Vaccination report Assam 1896-1927 - 1896-1927
Year: 1896
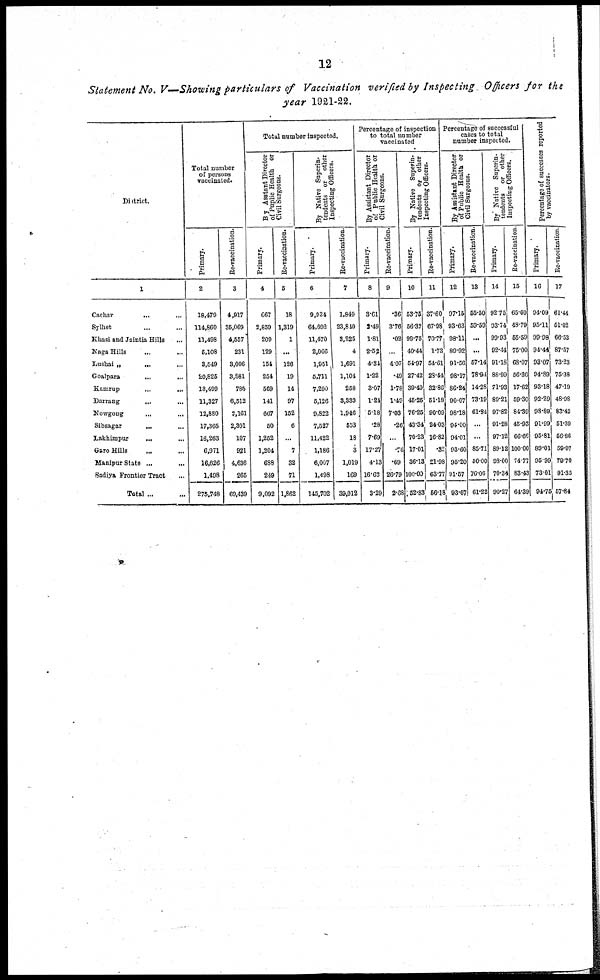
12
Statement No. V—Showing particulars of Vaccination verified by Inspecting Officers for the
year 1921-22.
District.
1
Cachar
...
...
Sylhet ... ...
Khasi and Jaintia Hills ...
Naga Hills ... ... ...
Lushai
„
...
...
...
Goalpara ... ... ...
Kamrup
...
...
...
Darrang ... ...
Nowgong
...
...
...
Sibsagar
...
...
Lakhimpur
...
...
Garo Hills ... ...
Manipur State ...
Sadiya Frontier Tract ...
Total ... ...
Total number
of persons
vaccinated.
Primary.
2
18,479
114,860
11,498
5,108
3,549
20,825
18,499
11,327
12,880
17,365
16,263
6,971
16,626
1,498
275,748
Re-vaccination.
3
4,917
35,069
4,557
231
3,096
3,881
785
6,512
2,161
2,301
107
921
4,636
265
69,439
Total number inspected.
By Asstant Director
of Puplic Health or
Civil Surgeons.
Primary.
4
667
2,859
209
129
154
254
569
141
667
50
1,252
1,204
688
249
9,092
Re-vaccination.
5
18
1,319
1
...
126
19
14
97
152
6
...
7
32
71
1,862
By Native Superin-
tendents or other
Inspecting Officers.
Primary.
6
9,934
64,692
11,470
2,066
1,951
5,711
7,290
5,126
9,822
7,527
11,422
1,186
6,007
1,498
145,702
Re-vaccination
7
1,849
23,840
3,225
4
1,691
1,104
258
3,333
1,946
553
18
3
1,019
169
39,012
Percentage of inspection
to total number
vaccinated
By Assistant Director
of Public Health or
Civil Surgeons.
Primary.
8
3.61
2.49
1.81
2.52
4.84
1.22
3.07
1.24
5.18
.28
7.69
17.27
4.13
16.62
3.29
Re-vaccination.
9
.36
3.76
.02
...
4.07
.49
1.78
1.49
7.03
.26
...
. 76
.69
26.79
2.68
By Native Superin-
tendents or other
Inspecting Officers.
Primary.
10
53.75
58.32
99.75
40.44
54.97
27.42
39.40
45.25
76.25
43.34
70.23
17.01
36.13
100.00
52.83
Re-vaccination.
11
37.60
67.98
70.77
1.73
54.61
28.44
32.86
51.18
90.09
24.03
16.82
.32
21.98
68.77
56.18
Percentage of successful
cases to total
number inspected.
By Assistant Director
of Public Health or
Civil Surgeons.
Primary.
12
97.15
93.63
98.11
89.92
91.56
98.17
86.24
90.07
98.18
94.00
94.01
93.60
95.20
91.57
93.67
Re-vaccination.
13
55.50
59.59
...
...
57.14
78.94
14.28
73.19
61.84
...
...
85.71
50.00
76.06
61.22
By Native Superin-
tendents or other
Inspecting Officers.
Primary.
14
92.75
93.74
99.93
92.44
91.18
88.99
71.93
80.21
97.82
91.28
97.12
89.12
98.00
70.34
90.27
Re-vaccination.
15
65.60
48.79
55.59
75.00
68.07
56.36
17.62
59.30
84.39
45.93
66.66
100.00
74.77
83.43
64.39
Percentage of successes reported
by vaccinators.
Primary.
16
94.09
95.11
99.98
94.44
93.07
94.89
93.18
92.29
98.89
91.99
95.81
89.01
95.99
73.01
94.75
Re-vaccination
17
61.44
51.02
66.53
87.57
73.23
75.38
47.19
48.98
83.42
51.39
56.86
59.97
79.70
91.35
57.84